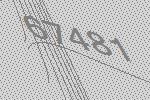
67481